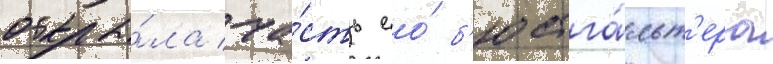
открыва́ла ча́сть ео́ б'юстга́льт'ера